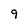
Character: 9